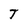
Character: T